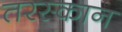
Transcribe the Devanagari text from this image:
तरस्कान